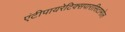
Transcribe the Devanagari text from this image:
एंटीपायरेटिक्सपारासिटामोल